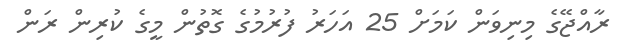
ރާއްޖޭގެ މިނިވަން ކަމަށް 25 އަހަރު ފުރުމުގެ ގޮތުން މީގެ ކުރިން ރަން